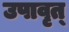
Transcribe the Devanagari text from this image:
उपावृत्